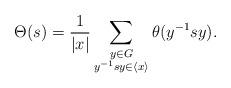
LaTeX: \begin{align*}\Theta(s)=\frac{1}{|x|}\sum_{\substack{y\in G\\y^{-1}sy\in \langle x\rangle}}\theta(y^{-1}sy).\end{align*}